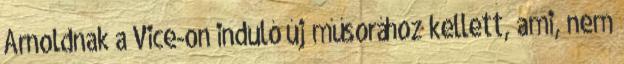
Arnoldnak a Vice-on induló új műsorához kellett, ami, nem